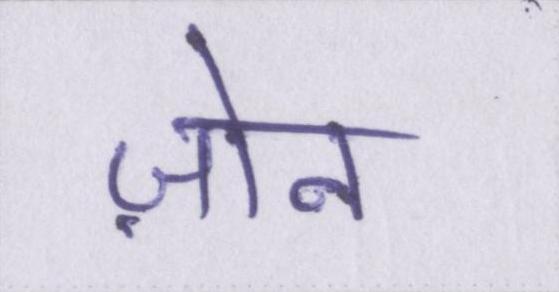
ज़ोन